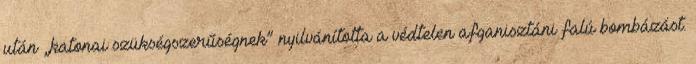
után „katonai szükségszerűségnek” nyilvánította a védtelen afganisztáni falú bombázást.